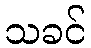
သခင်